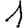
Digit: 1